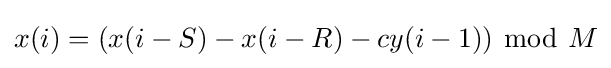
x(i)=(x(i-S)-x(i-R)-cy(i-1))\ {\bmod {\ }}M